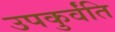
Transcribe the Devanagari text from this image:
उपकुर्वंति